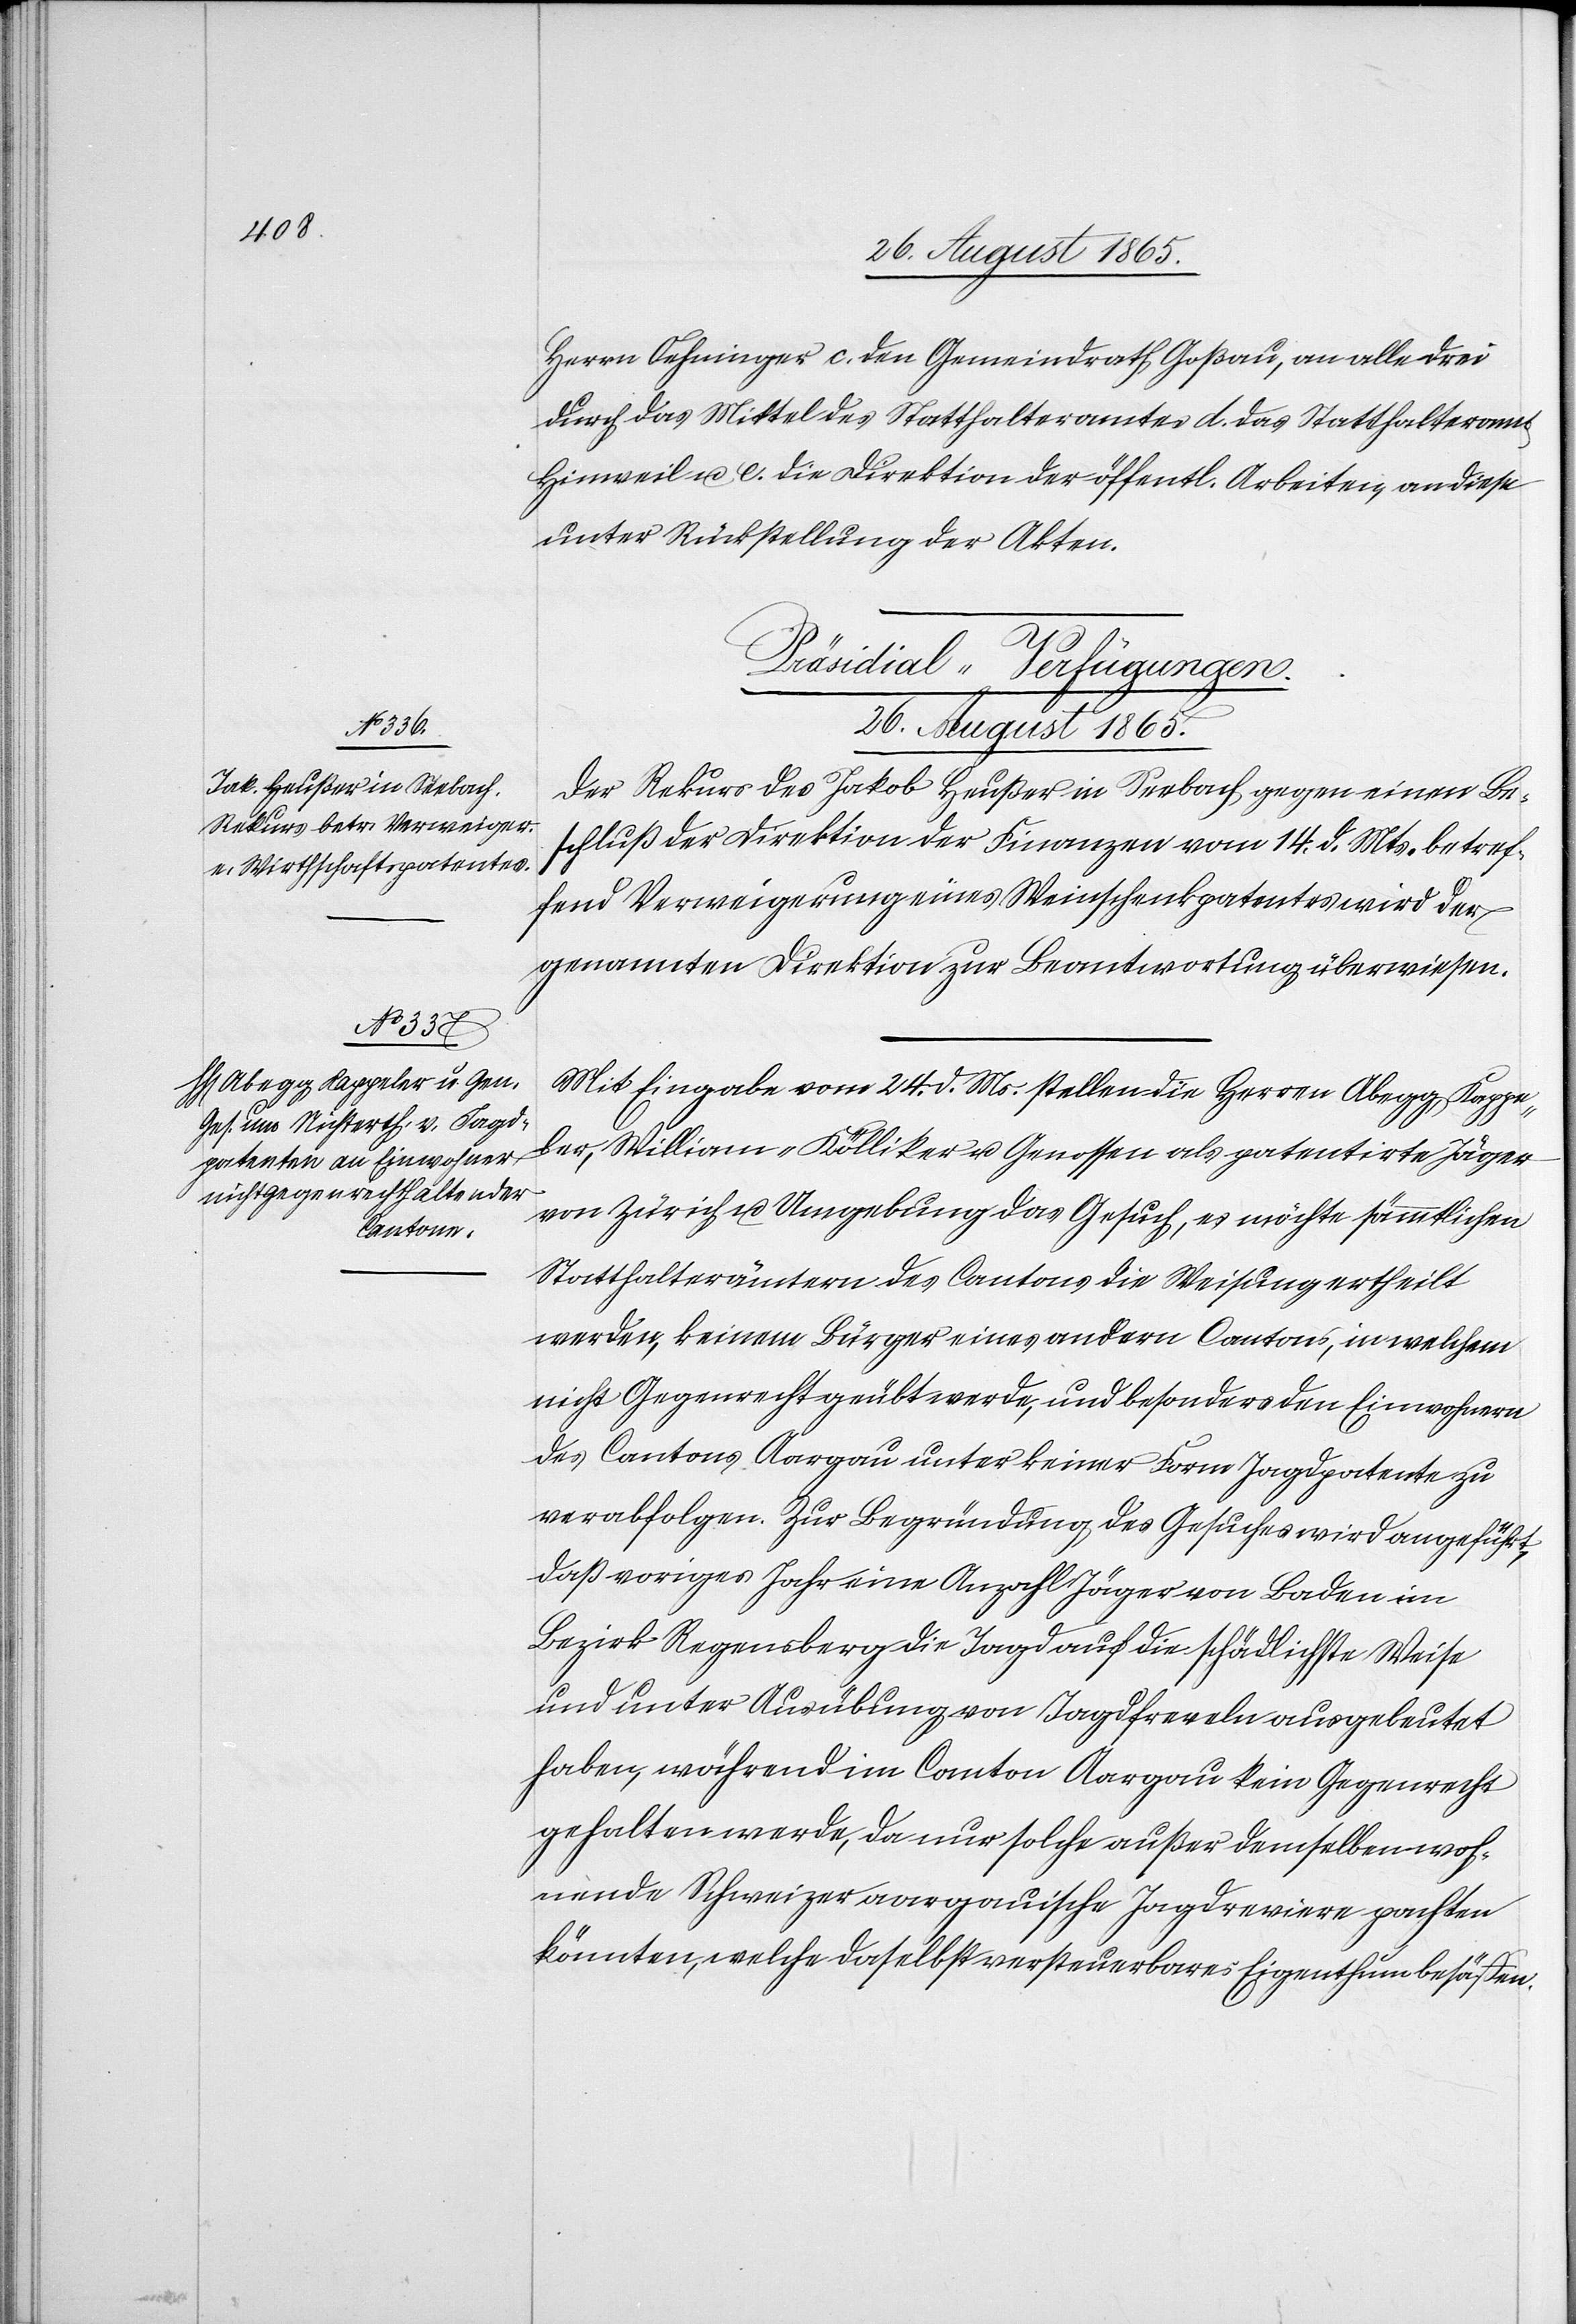
Herrn Oehninger c. den Gemeindrath Goßau, an alle drei
durch das Mittel des Statthalteramtes d. das Statthalteramt
Hinweil u. e. die Direktion der öffentl. Arbeiten, an diese
unter Rücksendung der Akten.
[Präsidial-Verfügungen.
26. August 1865.]
Der Rekurs des Jakob Heußer in Seebach gegen einen Be¬
schluß der Direktion der Finanzen vom 14. d. Mts. betref¬
fend Verweigerung eines Weinschankpatentes wird der
genannten Direktion zur Beantwortung überwiesen.
Mit Eingabe vom 24. d. Ms. stellen die Herren Abegg-Kappe¬
ler, William-Kölliker u. Genossen als patentirte Jäger
von Zürich u. Umgebung das Gesuch, es möchte sämmtlichen
Statthalterämtern des Cantons die Weisung ertheilt
werden, keinem Bürger eines andern Cantons, in welchem
nicht Gegenrecht geübt werde, und besonders den Einwohnern
des Cantons Aargau unter keiner Form Jagdpatente zu
verabfolgen. Zur Begründung des Gesuches wird angeführt,
daß voriges Jahr eine Anzahl Jäger von Baden im
Bezirk Regensberg die Jagd auf schädlichste Weise
und unter Ausübung von Jagdfreveln ausgebeutet
haben, während im Canton Aargau kein Gegenrecht
gehalten werde, da nur solche außer demselben woh¬
nende Schweizer aargauische Jagdreviere pachten
könnten, welche daselbst versteuerbares Eigenthum besässen.